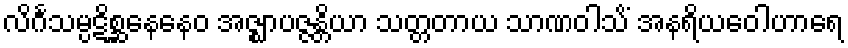
လိင်္ဂသမ္ပဋိစ္ဆနေနေဝ အဇ္ဈာပဇ္ဇန္တိယာ သတ္တတာယ သာဏဝါသိံ အနရိယဝေါဟာရေ